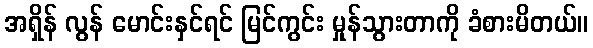
အရှိန် လွန် မောင်းနှင်ရင် မြင်ကွင်း မှုန်သွားတာကို ခံစားမိတယ်။